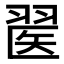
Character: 𦑄